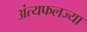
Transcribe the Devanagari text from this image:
अंत्यफलज्या